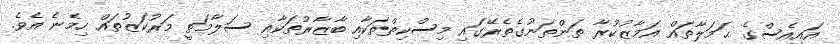
އައިއެސްގެ ޙަމަލާތައް އަމާޒުކުރާ ތަންތަނުގެތެރޭގައި މިސްކިތްތަކާއި ބާޒާރުތަކާއި ސަލާމަތީ މަރުކަޒުތައް ހިމެނެ އެވެ.